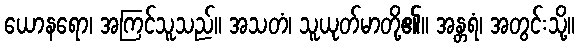
ယောနရော၊ အကြင်သူသည်။ အသတံ၊ သူယုတ်မာတို့၏။ အန္တရံ၊ အတွင်းသို့။